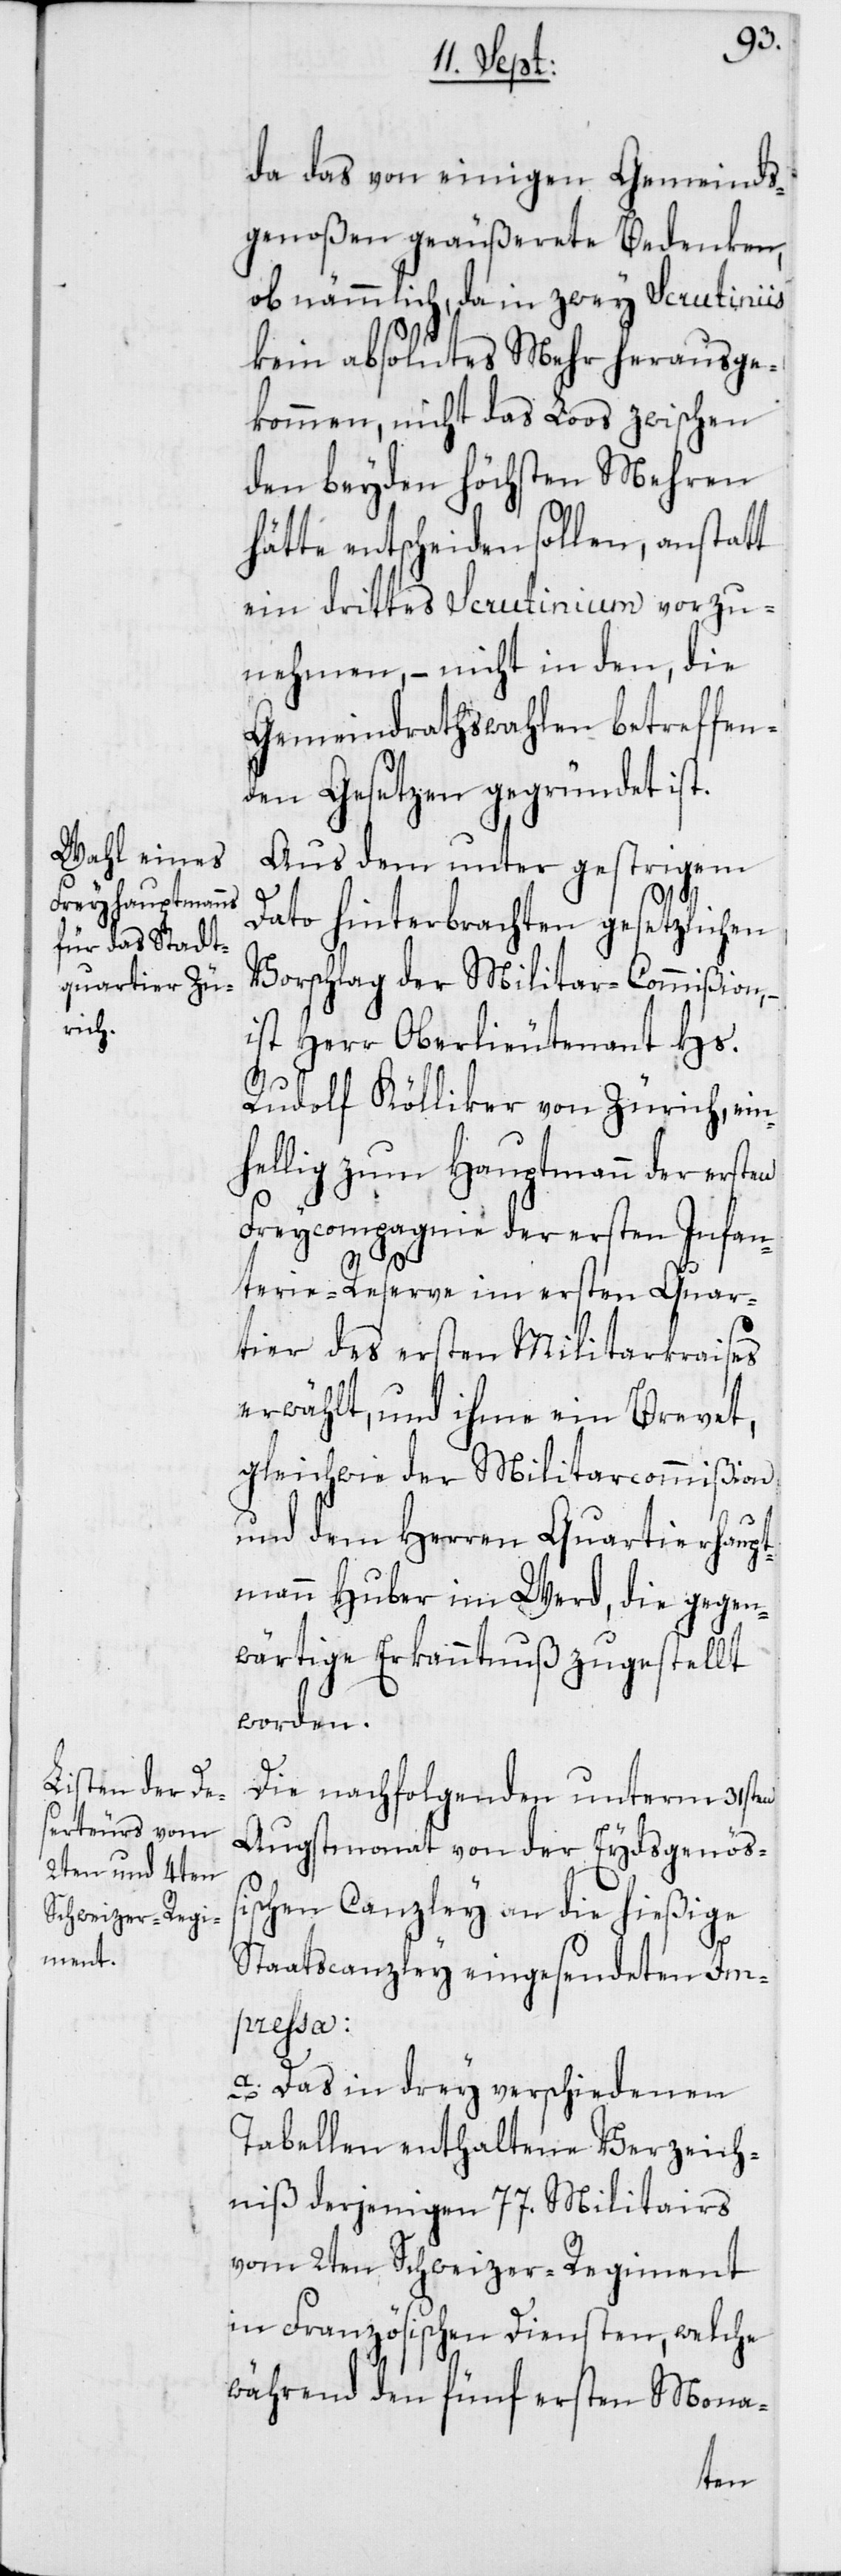
da das von einigen Gemeinds¬
genoßen geäußerete Bedenken,
ob nämmlich, da in zwey Scrutiniis
kein absolutes Mehr herausge¬
kommen, nicht das Loos zwischen
den beyden höchsten Mehren
hätte entscheiden sollen, anstatt
ein drittes Scrutinium vorzu¬
nehmen, – nicht in den, die
Gemeindrathswahlen betreffen¬
den Gesetzen gegründet ist.
Aus dem unter gestrigem
Dato hinterbrachten gesetzlichen
Vorschlag der Militar-Commißion,
ist Herr Oberlieutenant Hs.
Rudolf Kölliker von Zürich, ein¬
hellig zum Hauptmann der ersten
Freycompagnie der ersten Infan¬
terie-Reserve im ersten Quar¬
tier des ersten Militarkraises
erwählt, und ihme ein Brevet,
gleichwie der Militarcommißion
und dem Herren Quartierhaupt¬
mann Huber im Werd, die gegen¬
wärtige Erkanntnuß zugestellt
worden.
Die nachfolgenden unterm 31sten
Augstmonat von der Eydsgenößi¬
schen Canzley an die hießige
Staatscanzley eingesendeten Im¬
preßa:
a) Das in drey verschiedenen
Tabellen enthaltene Verzeich¬
niß derjenigen 77. Militairs
vom 2ten Schweizer-Regiment
in Französischen Diensten, welche
während den fünf ersten Mona-